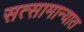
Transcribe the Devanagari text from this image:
सत्सामान्यात